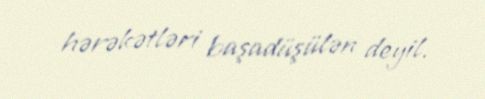
hərəkətləri başadüşülən deyil.